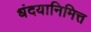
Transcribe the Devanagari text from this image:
धंदयानिमित्त्‍ा